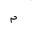
Letter: _mim